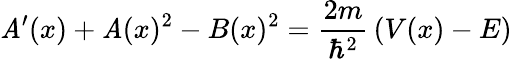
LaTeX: \mathit{A}^{\prime}(x)+\mathit{A}(x)^{2}-B(x)^{2}={\frac{{2m}}{{\hbar^{2}}}}\left(V(x)-E\right)